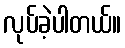
လုပ်ခဲ့ပါတယ်။